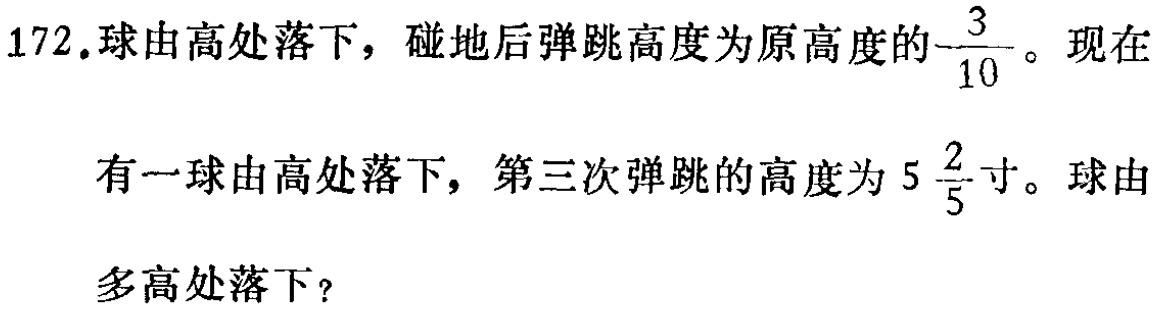
172.球由高处落下，碰地后弹跳高度为原高度的$\frac{3}{10}$。现在

有一球由高处落下，第三次弹跳的高度为$5\frac{2}{5}$寸。球由

多高处落下？